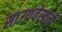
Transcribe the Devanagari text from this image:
साउथवेस्टर्न